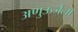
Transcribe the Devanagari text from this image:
अणुऊर्जेला